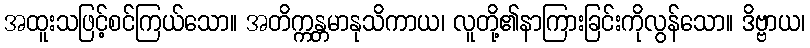
အထူးသဖြင့်စင်ကြယ်သော။ အတိက္ကန္တမာနုသိကာယ၊ လူတို့၏နာကြားခြင်းကိုလွန်သော။ ဒိဗ္ဗာယ၊